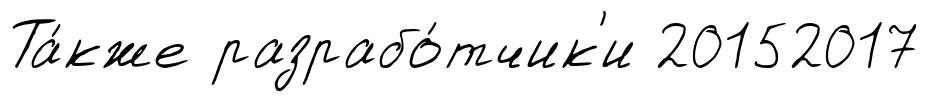
Та́кже разрабо́тчик'и 20152017